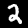
Label: 2